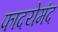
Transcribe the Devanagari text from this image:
फादयेमंद